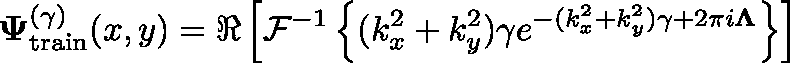
\mathbf { \Psi } _ { \mathrm { t r a i n } } ^ { ( \gamma ) } ( x , y ) = \Re \left[ \mathcal { F } ^ { - 1 } \left\{ ( k _ { x } ^ { 2 } + k _ { y } ^ { 2 } ) \gamma e ^ { - ( k _ { x } ^ { 2 } + k _ { y } ^ { 2 } ) \gamma + 2 \pi i \mathbf { \Lambda } } \right\} \right]